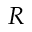
R